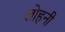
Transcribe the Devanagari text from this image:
लोहनी